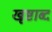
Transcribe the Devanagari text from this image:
खृष्टाब्द